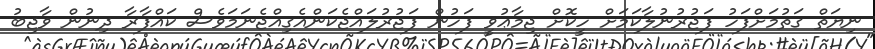
ނިޔަތް ގަތުމަށްފަހު ފަޖުރުނުލާކަމަށް ހީކޮށް ޖިމާޢުވީ ފަހުން ފަޖުރުލައްޖެކަންއެގިއްޖެނަމަވެސް ކައްފާރާ ދިނުން ވާޖިބު